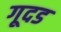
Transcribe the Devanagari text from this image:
गूदड